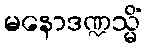
မနောဒဏ္ဍသ္မိံ